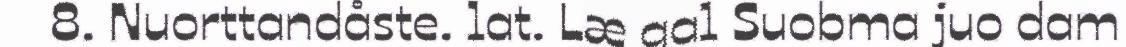
8. Nuorttandåste. lat. Læ gal Suobma juo dam